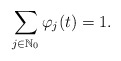
\begin{align*}\sum_{j\in \mathbb{N}_0} \varphi_j(t) = 1.\end{align*}